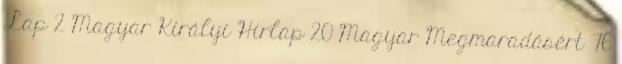
Lap 2 Magyar Királyi Hírlap 20 Magyar Megmaradásért 76